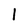
Character: l